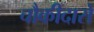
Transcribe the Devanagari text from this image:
चौकीदारो